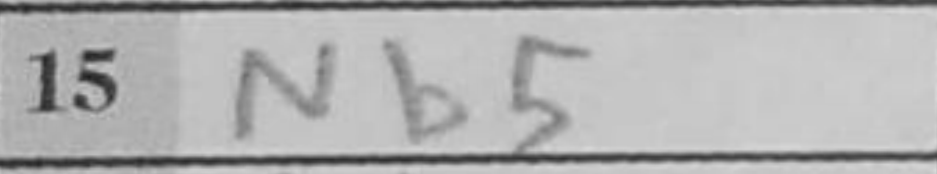
Transcription: Nb5